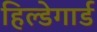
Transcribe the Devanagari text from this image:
हिल्डेगार्ड